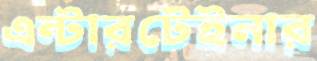
এন্টারটেইনার